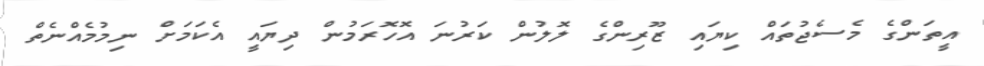
އީތަންގެ މެސެޖުތައް ކިޔައި ޒޫރިންގެ ލޮލުން ކަރުނަ އޮހޮރަމުން ދިޔައީ އެކަމަށް ނިމުމެއްނެތް